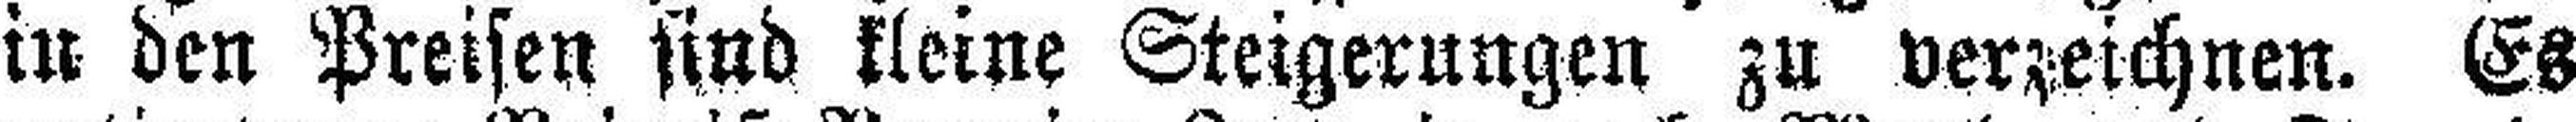
in den Preisen find kleine Steigerungen zu verzeichnen. Es